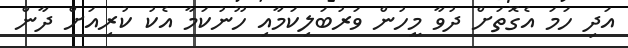
އަދި ހަމަ އެގޮތަށް ދުވާ މީހުން ވަރުބަލިކަމާއި ހޫނުކަމާ އެކު ކުރިއަށް ދާން